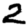
Digit: 2